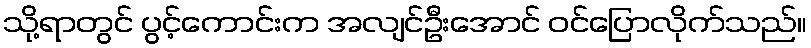
သို့ရာတွင် ပွင့်ကောင်းက အလျင်ဦးအောင် ဝင်ပြောလိုက်သည်။